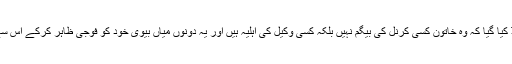
لیکن اس کے ساتھ ہی اس خبر کو بھی ٹرینڈ کیا گیا کہ وہ خاتون کسی کرنل کی بیگم نہیں بلکہ کسی وکیل کی اہلیہ ہیں اور یہ دونوں میاں بیوی خود کو فوجی ظاہر کرکے اس سے پہلے بھی ایسے ہی تماشے کرچکے ہیں۔